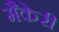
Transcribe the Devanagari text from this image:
मैकेरी